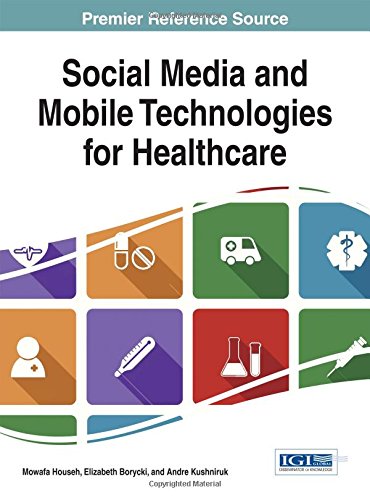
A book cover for Social Media and Mobile Technologies for Healthcare (Advances in Healthcare Information Systems and Administration); Mowafa Househ; Medical Books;